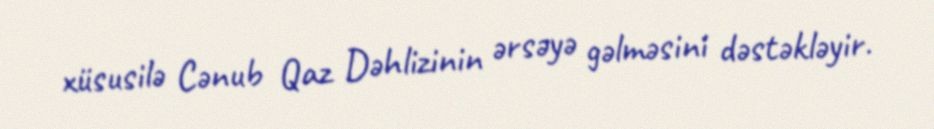
xüsusilə Cənub Qaz Dəhlizinin ərsəyə gəlməsini dəstəkləyir.